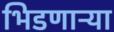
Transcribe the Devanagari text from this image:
भिडणाऱ्या